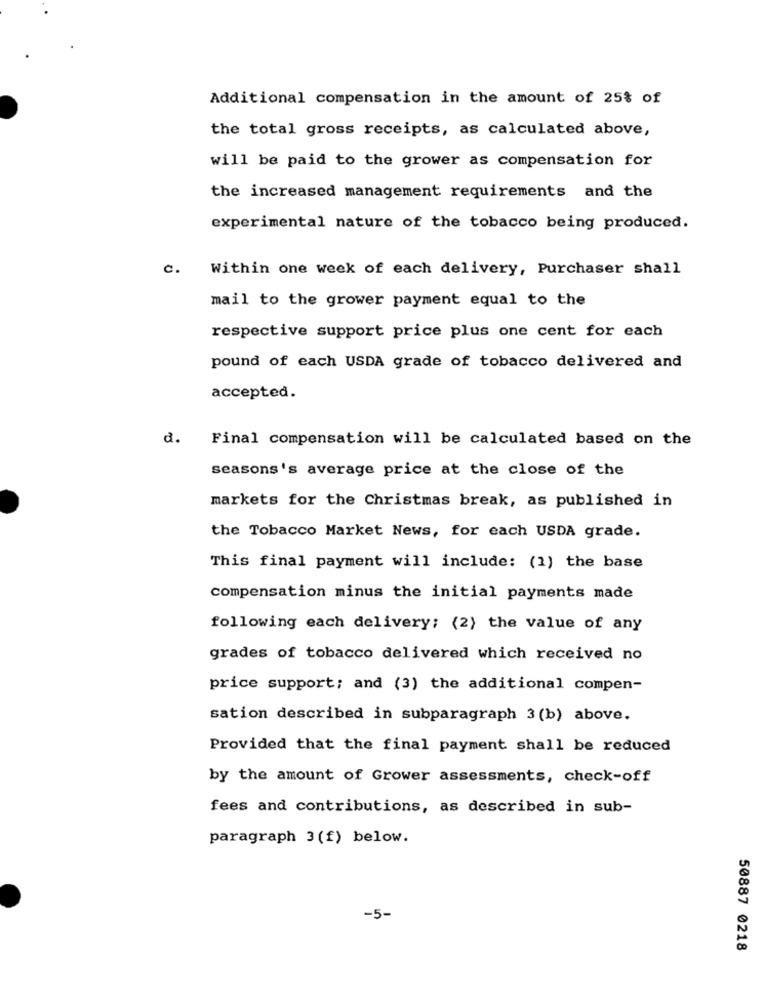
Additional compensation in the amount of 25% of
the total gross receipts, as calculated above,
will be paid to the grower as compensation for
the increased management requirements and the
experimental nature of the tobacco being produced.
c. Within one week of each delivery, Purchaser shall
mail to the grower payment equal to the
respective support price plus one cent for each
pound of each USDA grade of tobacco delivered and
accepted.
d.
Final compensation will be calculated based on the
seasons's average price at the close of the
markets for the Christmas break, as published in
the Tobacco Market News, for each USDA grade.
This final payment will include: (1) the base
compensation minus the initial payments made
following each delivery; (2) the value of any
grades of tobacco delivered which received no
price support; and (3) the additional compen-
sation described in subparagraph 3 (b) above.
Provided that the final payment shall be reduced
by the amount of Grower assessments, check-off
fees and contributions, as described in sub-
paragraph 3(f) below.
-5-
50887 0218